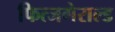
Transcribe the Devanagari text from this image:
फित्जगेराल्ड